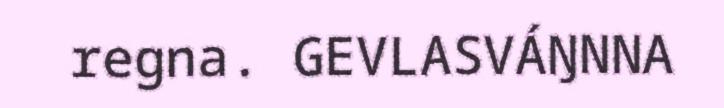
regna. GEVLASVÁŊNNA